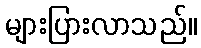
များပြားလာသည်။